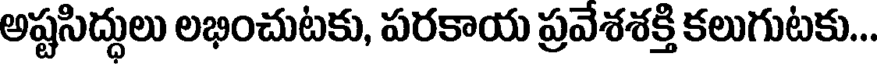
అష్టసిద్ధులు లభించుటకు, పరకాయ ప్రవేశశక్తి కలుగుటకు...